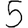
Digit: 5